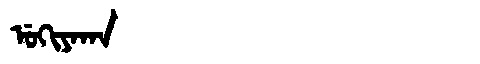
Manchu: ᡠᡴᡳᠶᠠᡴᠠ
Romanization: UKIYAKA